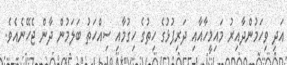
އަދި ވިހަމުންދާއިރު މައިމީހާއާއި ދަރިފުޅުގެ ހިތުގެ ހިގުމާއި ސިއްހަތު ބަލަމުން ދާން ޖެހޭނެއެވެ.